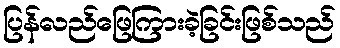
ပြန်လည်ဖြေကြားခဲ့ခြင်းဖြစ်သည်